King Institute of Preventive Medicine Micro-Biological Section reports 1912-19
Year: 1912
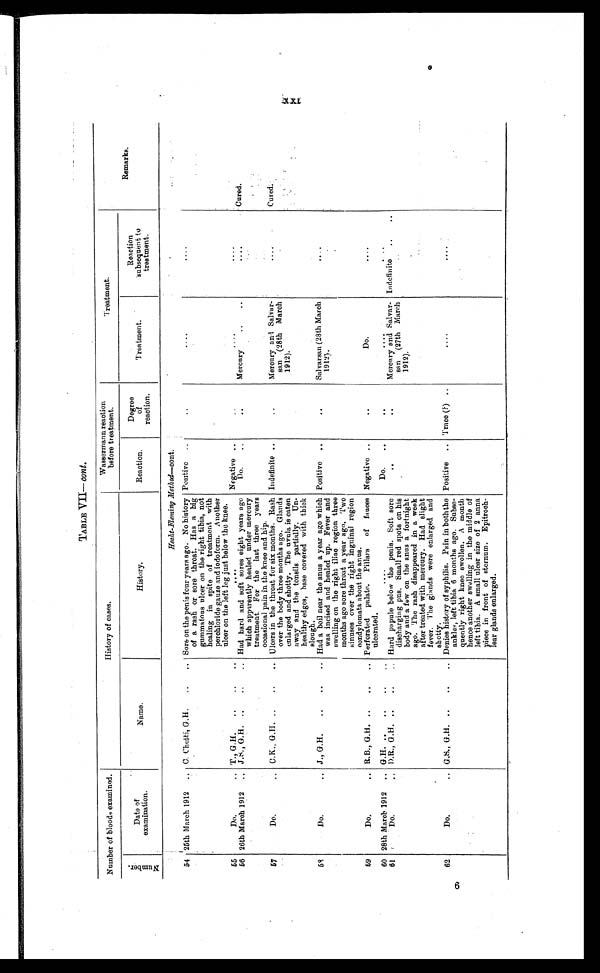
TABLE VII— cont.
Number of blood examined.
History of cases.
Wassermann reaction
before treatment.
Treatment.
N u m b e r .
Date of
examination.
Name.
History.
Reaction.
Degree
of
reaction.
Treatment.
Reaction
subsequent to
treatment.
Remarks.
Hecht-Fleming Method—cont.
54 25th March 1912
C. Chetti, G.H. . . .
Sore on the penis four years ago. No history
of a rash or sore throat. Has a big
gummatous ulcer on the right tibia, not
healing in spite of treatment with
perchloride gauze and iodoform. Another
ulcer on the left leg just below the knee.
Positive . . .
. . .
. . .
. . .
55
D o . . . .
T., G.H. . . .
. . .
Negative . . .
. . .
. . .
. . .
56 26th March 1912 . . . J.S., G.H. . . .
Had hard and soft sores eight years ago
which apparently healed under mercury
treatment. For the last three years
occasional pain in the knee and hip.
Do. . . .
. . .
Mercury . . .
. . .
Cured.
57
Do. . .. O.K., G.H. . . .
Ulcers in the throat for six months. Rash
over the body three months ago. Glands
enlarged and shotty. The uvula is eaten
away and the tonsils partially. Un
-healthy edges, base covered with thick
slough.
Indefinite . . .
. . .
Mercury and Salver
-san (28th March
1912).
. . .
C u r e d .
J., G.H. . . .
5 8
Do. . . .
Had a boil near the anus a year ago which
was incised and healed up. Fever and
swelling on the right iliac region three
months ago sore throat a year ago. Two
sinuses over the right inguinal region
eondylomata about the anus.
Positive . . .
. . .
Salvarsan (28th March
1912).
. . .
59
Do. . . . R. B., G.H. . . .
Perforated palate.
Pillars
of fauces
ulcerated.
Negative . . .
. . .
D o . . . .
. . .
60 28th March 1912 . . . G.H. . . .
. . .
Do. . . .
. . .
. . .
. . .
61
Do. . . . D.R., G.H. . . .
Hard papule below the penis. Soft sore
discharging pus.Small red spots on his
body and a few on the anus a fortnight
ago. The rash disappeared in a week
after treated with mercury. Had slight
fever. The glands were enlarged and
shotty.
. . .
. . .
Mercury and Salvar
-san (27th March
1912).
Indefinite . . .
62
Do. . . . G.S., G.H. . . .
Denies history of syphilis. Pain in both the
ankles, left tibia 6 months ago. Subse
- q u e n t l y r i g h t k n e e s w o l l e n . A m o n t h
h e n c e a n o t h e r s w e l l i n g i n t h e m i d d l e o f
left tibia. A. small ulcer size of 2 anna
piece in front of sternum. Epitroch
-lear glands enlarged.
Positive . . . Trace (?) . . .
. . .
. . .